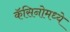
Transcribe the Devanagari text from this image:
कॅसिनोमध्ये